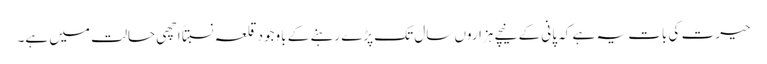
حیرت کی بات یہ ہے کہ پانی کے نیچے ہزاروں سال تک پڑے رہنے کے باوجود قلعہ نسبتاً اچھی حالت میں ہے۔